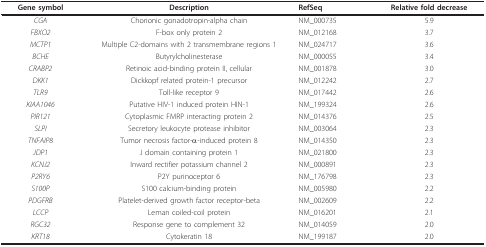
| Gene symbol | Description | RefSeq | Relative fold decrease |
 | --- | --- | --- | --- |
 | CGA | Chorionic gonadotropin-alpha chain | NM_000735 | 5.9 |
 | FBXO2 | F-box only protein 2 | NM_012168 | 3.7 |
 | MCTP1 | Multiple C2-domains with 2 transmembrane regions 1 | NM_024717 | 3.6 |
 | BCHE | Butyrylcholinesterase | NM_000055 | 3.4 |
 | CRABP2 | Retinoic acid-binding protein II, cellular | NM_001878 | 3.0 |
 | DKK1 | Dickkopf related protein-1 precursor | NM_012242 | 2.7 |
 | TLR9 | Toll-like receptor 9 | NM_017442 | 2.6 |
 | KIAA1046 | Putative HIV-1 induced protein HIN-1 | NM_199324 | 2.6 |
 | PIR121 | Cytoplasmic FMRP interacting protein 2 | NM_014376 | 2.5 |
 | SLPI | Secretory leukocyte protease inhibitor | NM_003064 | 2.3 |
 | TNFAIP8 | Tumor necrosis factor-α-induced protein 8 | NM_014350 | 2.3 |
 | JDP1 | J domain containing protein 1 | NM_021800 | 2.3 |
 | KCNJ2 | Inward rectifier potassium channel 2 | NM_000891 | 2.3 |
 | P2RY6 | P2Y purinoceptor 6 | NM_176798 | 2.3 |
 | S100P | S100 calcium-binding protein | NM_005980 | 2.2 |
 | PDGFRB | Platelet-derived growth factor receptor-beta | NM_002609 | 2.2 |
 | LCCP | Leman coiled-coil protein | NM_016201 | 2.1 |
 | RGC32 | Response gene to complement 32 | NM_014059 | 2.0 |
 | KRT18 | Cytokeratin 18 | NM_199187 | 2.0 |